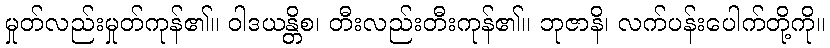
မှုတ်လည်းမှုတ်ကုန်၏။ ဝါဒယန္တိစ၊ တီးလည်းတီးကုန်၏။ ဘုဇာနိ၊ လက်ပန်းပေါက်တို့ကို။